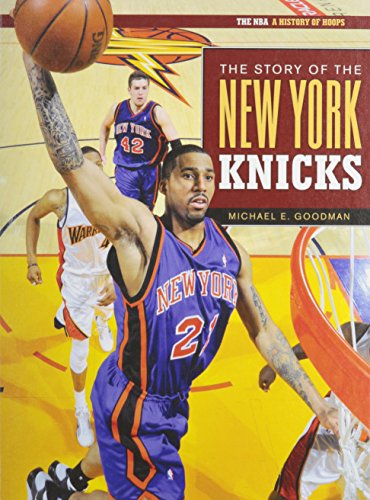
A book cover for The Story of the New York Knicks (The NBA: a History of Hoops); Michael E. Goodman; Teen & Young Adult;